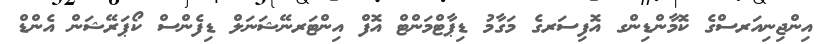
އިންޖިނިއަރސްގެ ކޮމާންޑިންގ އޮފިސަރގެ މަގާމު ޑިޕާޓްމަންޓް އޮފް އިންޓަރނޭޝަނަލް ޑިފެންސް ކޯޕަރޭޝަން އެންޑް